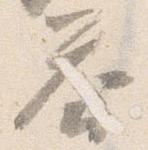
答